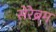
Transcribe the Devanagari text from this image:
सेरेब्रम